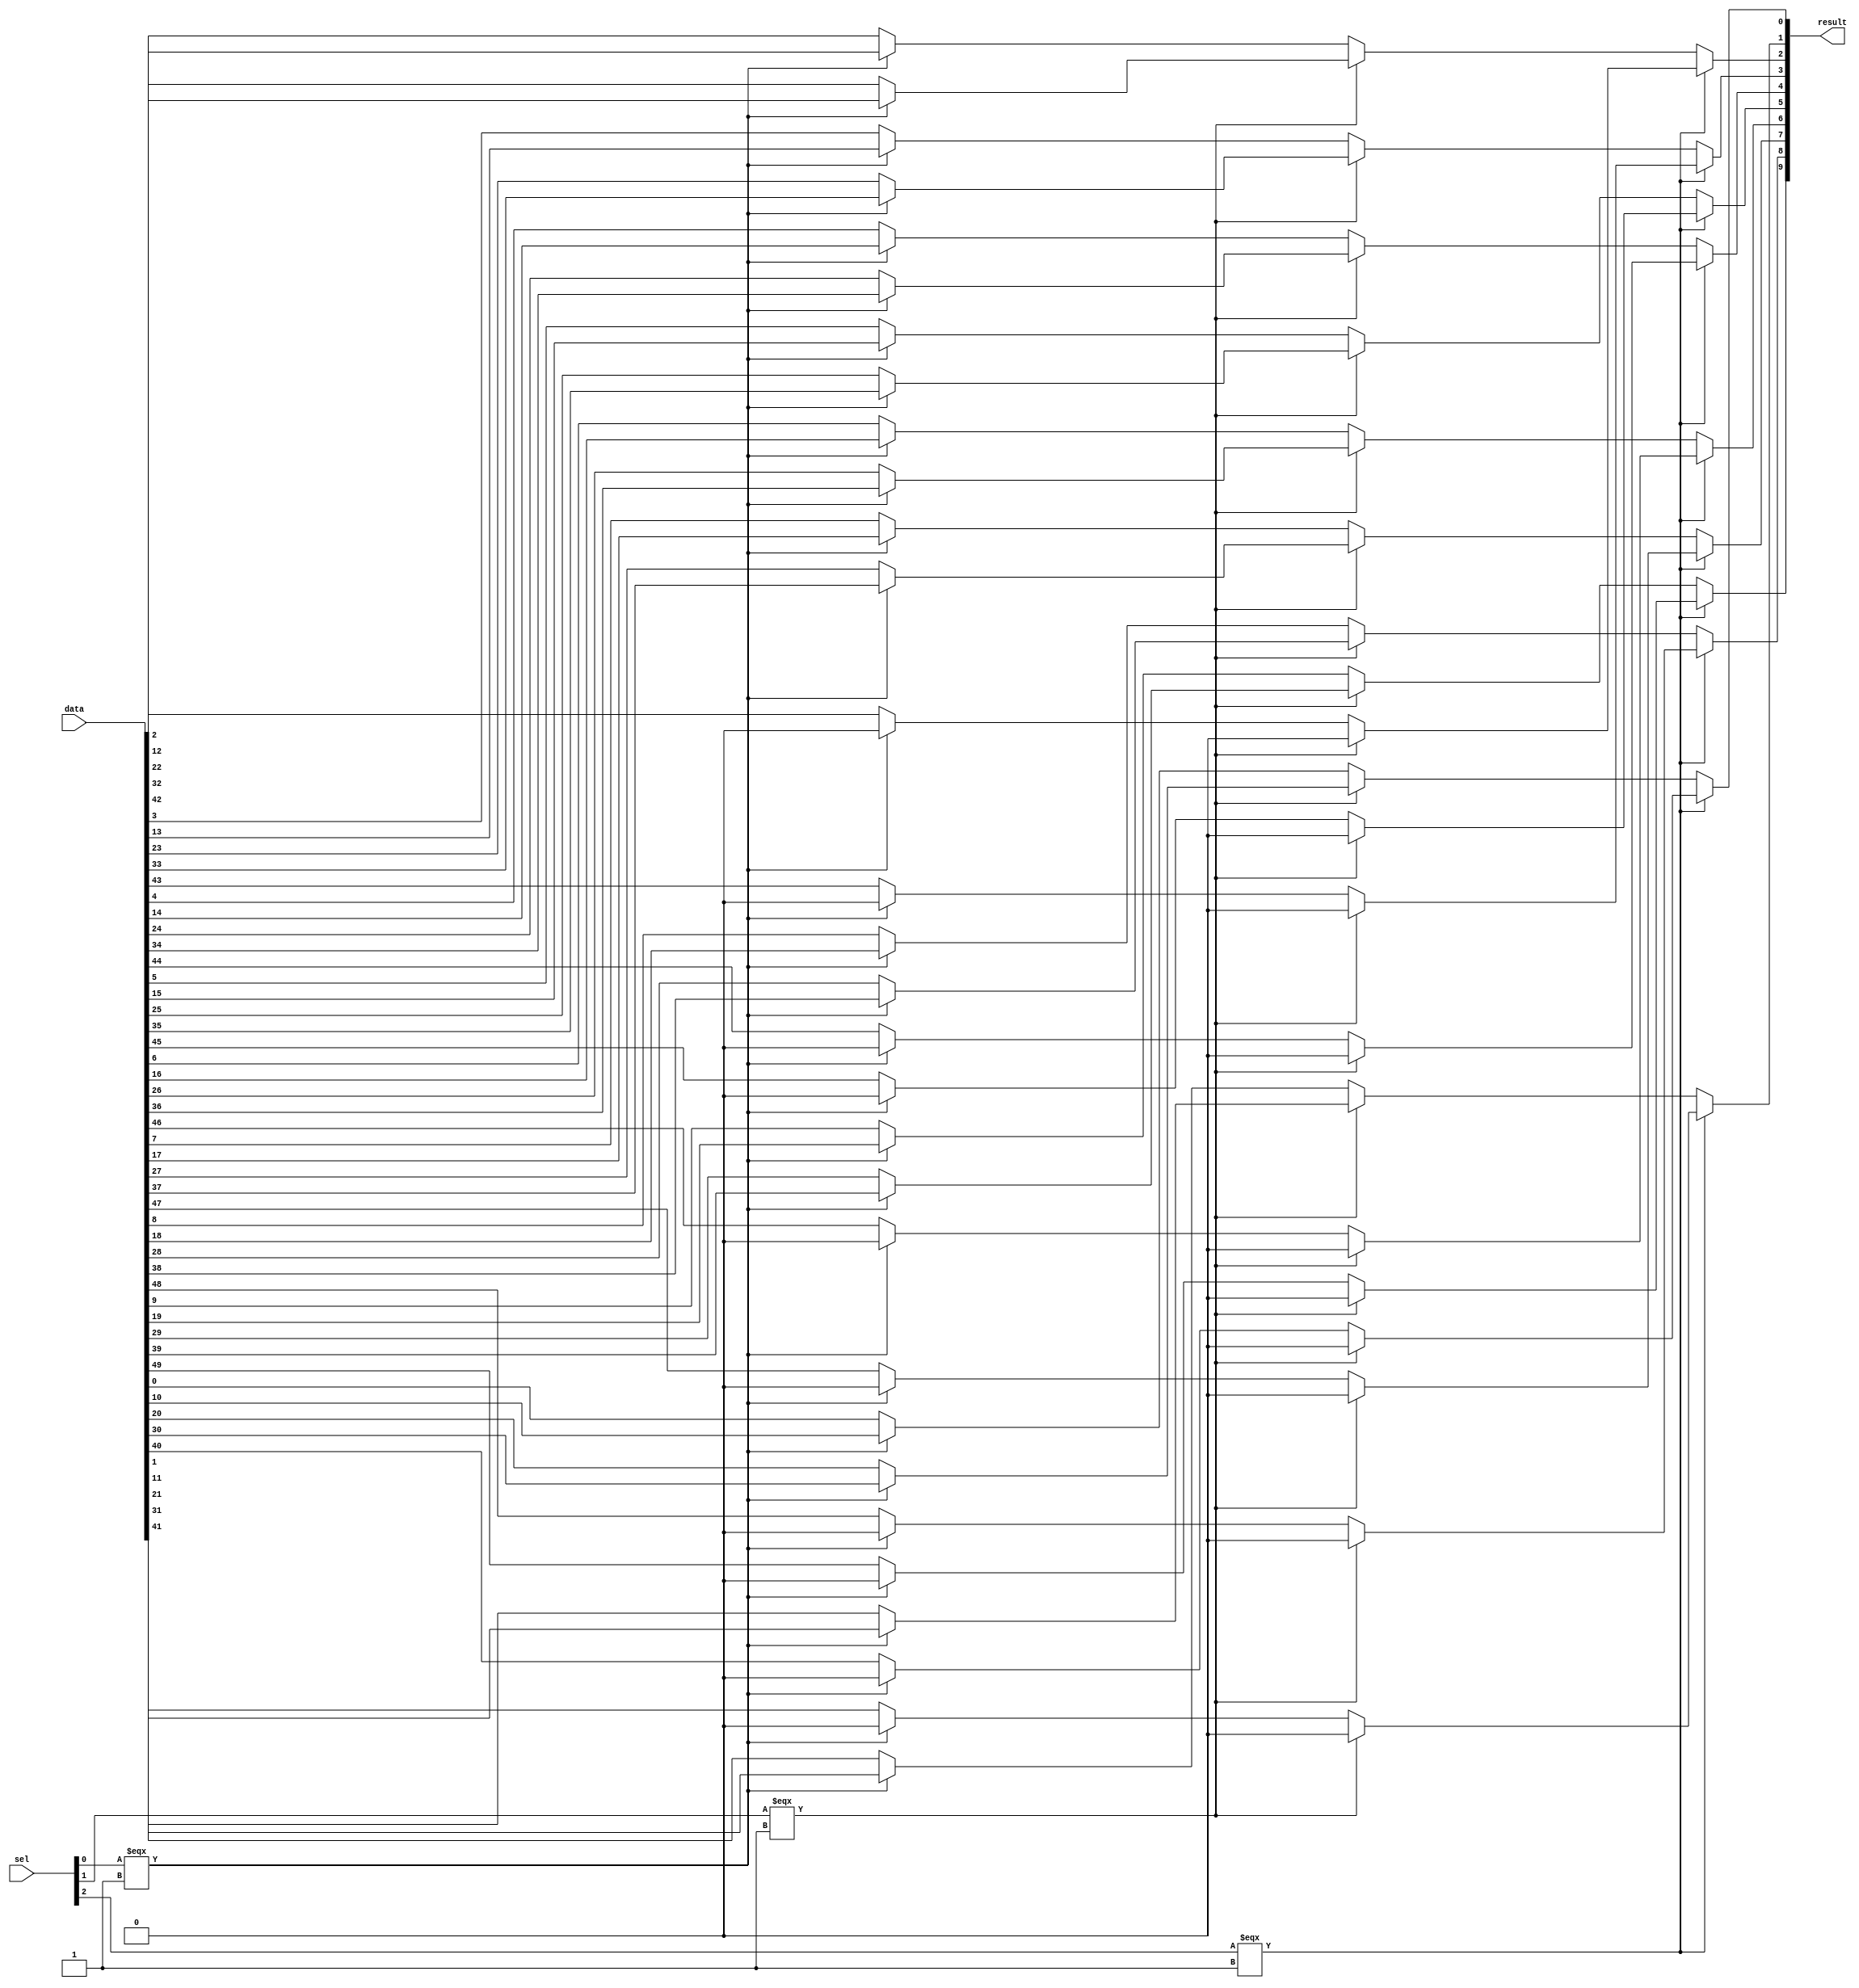
module  lpm_mux2_mux
	( 
	data,
	result,
	sel) /* synthesis synthesis_clearbox=1 */;
	input   [49:0]  data;
	output   [9:0]  result;
	input   [2:0]  sel;
`ifndef ALTERA_RESERVED_QIS
// synopsys translate_off
`endif
	tri0   [49:0]  data;
	tri0   [2:0]  sel;
`ifndef ALTERA_RESERVED_QIS
// synopsys translate_on
`endif

	wire	wire_l1_w0_n0_mux_dataout;
	wire	wire_l1_w0_n1_mux_dataout;
	wire	wire_l1_w0_n2_mux_dataout;
	wire	wire_l1_w0_n3_mux_dataout;
	wire	wire_l1_w1_n0_mux_dataout;
	wire	wire_l1_w1_n1_mux_dataout;
	wire	wire_l1_w1_n2_mux_dataout;
	wire	wire_l1_w1_n3_mux_dataout;
	wire	wire_l1_w2_n0_mux_dataout;
	wire	wire_l1_w2_n1_mux_dataout;
	wire	wire_l1_w2_n2_mux_dataout;
	wire	wire_l1_w2_n3_mux_dataout;
	wire	wire_l1_w3_n0_mux_dataout;
	wire	wire_l1_w3_n1_mux_dataout;
	wire	wire_l1_w3_n2_mux_dataout;
	wire	wire_l1_w3_n3_mux_dataout;
	wire	wire_l1_w4_n0_mux_dataout;
	wire	wire_l1_w4_n1_mux_dataout;
	wire	wire_l1_w4_n2_mux_dataout;
	wire	wire_l1_w4_n3_mux_dataout;
	wire	wire_l1_w5_n0_mux_dataout;
	wire	wire_l1_w5_n1_mux_dataout;
	wire	wire_l1_w5_n2_mux_dataout;
	wire	wire_l1_w5_n3_mux_dataout;
	wire	wire_l1_w6_n0_mux_dataout;
	wire	wire_l1_w6_n1_mux_dataout;
	wire	wire_l1_w6_n2_mux_dataout;
	wire	wire_l1_w6_n3_mux_dataout;
	wire	wire_l1_w7_n0_mux_dataout;
	wire	wire_l1_w7_n1_mux_dataout;
	wire	wire_l1_w7_n2_mux_dataout;
	wire	wire_l1_w7_n3_mux_dataout;
	wire	wire_l1_w8_n0_mux_dataout;
	wire	wire_l1_w8_n1_mux_dataout;
	wire	wire_l1_w8_n2_mux_dataout;
	wire	wire_l1_w8_n3_mux_dataout;
	wire	wire_l1_w9_n0_mux_dataout;
	wire	wire_l1_w9_n1_mux_dataout;
	wire	wire_l1_w9_n2_mux_dataout;
	wire	wire_l1_w9_n3_mux_dataout;
	wire	wire_l2_w0_n0_mux_dataout;
	wire	wire_l2_w0_n1_mux_dataout;
	wire	wire_l2_w1_n0_mux_dataout;
	wire	wire_l2_w1_n1_mux_dataout;
	wire	wire_l2_w2_n0_mux_dataout;
	wire	wire_l2_w2_n1_mux_dataout;
	wire	wire_l2_w3_n0_mux_dataout;
	wire	wire_l2_w3_n1_mux_dataout;
	wire	wire_l2_w4_n0_mux_dataout;
	wire	wire_l2_w4_n1_mux_dataout;
	wire	wire_l2_w5_n0_mux_dataout;
	wire	wire_l2_w5_n1_mux_dataout;
	wire	wire_l2_w6_n0_mux_dataout;
	wire	wire_l2_w6_n1_mux_dataout;
	wire	wire_l2_w7_n0_mux_dataout;
	wire	wire_l2_w7_n1_mux_dataout;
	wire	wire_l2_w8_n0_mux_dataout;
	wire	wire_l2_w8_n1_mux_dataout;
	wire	wire_l2_w9_n0_mux_dataout;
	wire	wire_l2_w9_n1_mux_dataout;
	wire	wire_l3_w0_n0_mux_dataout;
	wire	wire_l3_w1_n0_mux_dataout;
	wire	wire_l3_w2_n0_mux_dataout;
	wire	wire_l3_w3_n0_mux_dataout;
	wire	wire_l3_w4_n0_mux_dataout;
	wire	wire_l3_w5_n0_mux_dataout;
	wire	wire_l3_w6_n0_mux_dataout;
	wire	wire_l3_w7_n0_mux_dataout;
	wire	wire_l3_w8_n0_mux_dataout;
	wire	wire_l3_w9_n0_mux_dataout;
	wire  [139:0]  data_wire;
	wire  [9:0]  result_wire_ext;
	wire  [8:0]  sel_wire;

	assign		wire_l1_w0_n0_mux_dataout = (sel_wire[0] === 1'b1) ? data_wire[10] : data_wire[0];
	assign		wire_l1_w0_n1_mux_dataout = (sel_wire[0] === 1'b1) ? data_wire[30] : data_wire[20];
	assign		wire_l1_w0_n2_mux_dataout = (sel_wire[0] === 1'b1) ? data_wire[50] : data_wire[40];
	assign		wire_l1_w0_n3_mux_dataout = (sel_wire[0] === 1'b1) ? data_wire[70] : data_wire[60];
	assign		wire_l1_w1_n0_mux_dataout = (sel_wire[0] === 1'b1) ? data_wire[11] : data_wire[1];
	assign		wire_l1_w1_n1_mux_dataout = (sel_wire[0] === 1'b1) ? data_wire[31] : data_wire[21];
	assign		wire_l1_w1_n2_mux_dataout = (sel_wire[0] === 1'b1) ? data_wire[51] : data_wire[41];
	assign		wire_l1_w1_n3_mux_dataout = (sel_wire[0] === 1'b1) ? data_wire[71] : data_wire[61];
	assign		wire_l1_w2_n0_mux_dataout = (sel_wire[0] === 1'b1) ? data_wire[12] : data_wire[2];
	assign		wire_l1_w2_n1_mux_dataout = (sel_wire[0] === 1'b1) ? data_wire[32] : data_wire[22];
	assign		wire_l1_w2_n2_mux_dataout = (sel_wire[0] === 1'b1) ? data_wire[52] : data_wire[42];
	assign		wire_l1_w2_n3_mux_dataout = (sel_wire[0] === 1'b1) ? data_wire[72] : data_wire[62];
	assign		wire_l1_w3_n0_mux_dataout = (sel_wire[0] === 1'b1) ? data_wire[13] : data_wire[3];
	assign		wire_l1_w3_n1_mux_dataout = (sel_wire[0] === 1'b1) ? data_wire[33] : data_wire[23];
	assign		wire_l1_w3_n2_mux_dataout = (sel_wire[0] === 1'b1) ? data_wire[53] : data_wire[43];
	assign		wire_l1_w3_n3_mux_dataout = (sel_wire[0] === 1'b1) ? data_wire[73] : data_wire[63];
	assign		wire_l1_w4_n0_mux_dataout = (sel_wire[0] === 1'b1) ? data_wire[14] : data_wire[4];
	assign		wire_l1_w4_n1_mux_dataout = (sel_wire[0] === 1'b1) ? data_wire[34] : data_wire[24];
	assign		wire_l1_w4_n2_mux_dataout = (sel_wire[0] === 1'b1) ? data_wire[54] : data_wire[44];
	assign		wire_l1_w4_n3_mux_dataout = (sel_wire[0] === 1'b1) ? data_wire[74] : data_wire[64];
	assign		wire_l1_w5_n0_mux_dataout = (sel_wire[0] === 1'b1) ? data_wire[15] : data_wire[5];
	assign		wire_l1_w5_n1_mux_dataout = (sel_wire[0] === 1'b1) ? data_wire[35] : data_wire[25];
	assign		wire_l1_w5_n2_mux_dataout = (sel_wire[0] === 1'b1) ? data_wire[55] : data_wire[45];
	assign		wire_l1_w5_n3_mux_dataout = (sel_wire[0] === 1'b1) ? data_wire[75] : data_wire[65];
	assign		wire_l1_w6_n0_mux_dataout = (sel_wire[0] === 1'b1) ? data_wire[16] : data_wire[6];
	assign		wire_l1_w6_n1_mux_dataout = (sel_wire[0] === 1'b1) ? data_wire[36] : data_wire[26];
	assign		wire_l1_w6_n2_mux_dataout = (sel_wire[0] === 1'b1) ? data_wire[56] : data_wire[46];
	assign		wire_l1_w6_n3_mux_dataout = (sel_wire[0] === 1'b1) ? data_wire[76] : data_wire[66];
	assign		wire_l1_w7_n0_mux_dataout = (sel_wire[0] === 1'b1) ? data_wire[17] : data_wire[7];
	assign		wire_l1_w7_n1_mux_dataout = (sel_wire[0] === 1'b1) ? data_wire[37] : data_wire[27];
	assign		wire_l1_w7_n2_mux_dataout = (sel_wire[0] === 1'b1) ? data_wire[57] : data_wire[47];
	assign		wire_l1_w7_n3_mux_dataout = (sel_wire[0] === 1'b1) ? data_wire[77] : data_wire[67];
	assign		wire_l1_w8_n0_mux_dataout = (sel_wire[0] === 1'b1) ? data_wire[18] : data_wire[8];
	assign		wire_l1_w8_n1_mux_dataout = (sel_wire[0] === 1'b1) ? data_wire[38] : data_wire[28];
	assign		wire_l1_w8_n2_mux_dataout = (sel_wire[0] === 1'b1) ? data_wire[58] : data_wire[48];
	assign		wire_l1_w8_n3_mux_dataout = (sel_wire[0] === 1'b1) ? data_wire[78] : data_wire[68];
	assign		wire_l1_w9_n0_mux_dataout = (sel_wire[0] === 1'b1) ? data_wire[19] : data_wire[9];
	assign		wire_l1_w9_n1_mux_dataout = (sel_wire[0] === 1'b1) ? data_wire[39] : data_wire[29];
	assign		wire_l1_w9_n2_mux_dataout = (sel_wire[0] === 1'b1) ? data_wire[59] : data_wire[49];
	assign		wire_l1_w9_n3_mux_dataout = (sel_wire[0] === 1'b1) ? data_wire[79] : data_wire[69];
	assign		wire_l2_w0_n0_mux_dataout = (sel_wire[4] === 1'b1) ? data_wire[81] : data_wire[80];
	assign		wire_l2_w0_n1_mux_dataout = (sel_wire[4] === 1'b1) ? data_wire[83] : data_wire[82];
	assign		wire_l2_w1_n0_mux_dataout = (sel_wire[4] === 1'b1) ? data_wire[85] : data_wire[84];
	assign		wire_l2_w1_n1_mux_dataout = (sel_wire[4] === 1'b1) ? data_wire[87] : data_wire[86];
	assign		wire_l2_w2_n0_mux_dataout = (sel_wire[4] === 1'b1) ? data_wire[89] : data_wire[88];
	assign		wire_l2_w2_n1_mux_dataout = (sel_wire[4] === 1'b1) ? data_wire[91] : data_wire[90];
	assign		wire_l2_w3_n0_mux_dataout = (sel_wire[4] === 1'b1) ? data_wire[93] : data_wire[92];
	assign		wire_l2_w3_n1_mux_dataout = (sel_wire[4] === 1'b1) ? data_wire[95] : data_wire[94];
	assign		wire_l2_w4_n0_mux_dataout = (sel_wire[4] === 1'b1) ? data_wire[97] : data_wire[96];
	assign		wire_l2_w4_n1_mux_dataout = (sel_wire[4] === 1'b1) ? data_wire[99] : data_wire[98];
	assign		wire_l2_w5_n0_mux_dataout = (sel_wire[4] === 1'b1) ? data_wire[101] : data_wire[100];
	assign		wire_l2_w5_n1_mux_dataout = (sel_wire[4] === 1'b1) ? data_wire[103] : data_wire[102];
	assign		wire_l2_w6_n0_mux_dataout = (sel_wire[4] === 1'b1) ? data_wire[105] : data_wire[104];
	assign		wire_l2_w6_n1_mux_dataout = (sel_wire[4] === 1'b1) ? data_wire[107] : data_wire[106];
	assign		wire_l2_w7_n0_mux_dataout = (sel_wire[4] === 1'b1) ? data_wire[109] : data_wire[108];
	assign		wire_l2_w7_n1_mux_dataout = (sel_wire[4] === 1'b1) ? data_wire[111] : data_wire[110];
	assign		wire_l2_w8_n0_mux_dataout = (sel_wire[4] === 1'b1) ? data_wire[113] : data_wire[112];
	assign		wire_l2_w8_n1_mux_dataout = (sel_wire[4] === 1'b1) ? data_wire[115] : data_wire[114];
	assign		wire_l2_w9_n0_mux_dataout = (sel_wire[4] === 1'b1) ? data_wire[117] : data_wire[116];
	assign		wire_l2_w9_n1_mux_dataout = (sel_wire[4] === 1'b1) ? data_wire[119] : data_wire[118];
	assign		wire_l3_w0_n0_mux_dataout = (sel_wire[8] === 1'b1) ? data_wire[121] : data_wire[120];
	assign		wire_l3_w1_n0_mux_dataout = (sel_wire[8] === 1'b1) ? data_wire[123] : data_wire[122];
	assign		wire_l3_w2_n0_mux_dataout = (sel_wire[8] === 1'b1) ? data_wire[125] : data_wire[124];
	assign		wire_l3_w3_n0_mux_dataout = (sel_wire[8] === 1'b1) ? data_wire[127] : data_wire[126];
	assign		wire_l3_w4_n0_mux_dataout = (sel_wire[8] === 1'b1) ? data_wire[129] : data_wire[128];
	assign		wire_l3_w5_n0_mux_dataout = (sel_wire[8] === 1'b1) ? data_wire[131] : data_wire[130];
	assign		wire_l3_w6_n0_mux_dataout = (sel_wire[8] === 1'b1) ? data_wire[133] : data_wire[132];
	assign		wire_l3_w7_n0_mux_dataout = (sel_wire[8] === 1'b1) ? data_wire[135] : data_wire[134];
	assign		wire_l3_w8_n0_mux_dataout = (sel_wire[8] === 1'b1) ? data_wire[137] : data_wire[136];
	assign		wire_l3_w9_n0_mux_dataout = (sel_wire[8] === 1'b1) ? data_wire[139] : data_wire[138];
	assign
		data_wire = {wire_l2_w9_n1_mux_dataout, wire_l2_w9_n0_mux_dataout, wire_l2_w8_n1_mux_dataout, wire_l2_w8_n0_mux_dataout, wire_l2_w7_n1_mux_dataout, wire_l2_w7_n0_mux_dataout, wire_l2_w6_n1_mux_dataout, wire_l2_w6_n0_mux_dataout, wire_l2_w5_n1_mux_dataout, wire_l2_w5_n0_mux_dataout, wire_l2_w4_n1_mux_dataout, wire_l2_w4_n0_mux_dataout, wire_l2_w3_n1_mux_dataout, wire_l2_w3_n0_mux_dataout, wire_l2_w2_n1_mux_dataout, wire_l2_w2_n0_mux_dataout, wire_l2_w1_n1_mux_dataout, wire_l2_w1_n0_mux_dataout, wire_l2_w0_n1_mux_dataout, wire_l2_w0_n0_mux_dataout, wire_l1_w9_n3_mux_dataout, wire_l1_w9_n2_mux_dataout, wire_l1_w9_n1_mux_dataout, wire_l1_w9_n0_mux_dataout, wire_l1_w8_n3_mux_dataout, wire_l1_w8_n2_mux_dataout, wire_l1_w8_n1_mux_dataout, wire_l1_w8_n0_mux_dataout, wire_l1_w7_n3_mux_dataout, wire_l1_w7_n2_mux_dataout, wire_l1_w7_n1_mux_dataout, wire_l1_w7_n0_mux_dataout, wire_l1_w6_n3_mux_dataout, wire_l1_w6_n2_mux_dataout, wire_l1_w6_n1_mux_dataout, wire_l1_w6_n0_mux_dataout, wire_l1_w5_n3_mux_dataout, wire_l1_w5_n2_mux_dataout, wire_l1_w5_n1_mux_dataout, wire_l1_w5_n0_mux_dataout, wire_l1_w4_n3_mux_dataout, wire_l1_w4_n2_mux_dataout, wire_l1_w4_n1_mux_dataout, wire_l1_w4_n0_mux_dataout, wire_l1_w3_n3_mux_dataout, wire_l1_w3_n2_mux_dataout, wire_l1_w3_n1_mux_dataout, wire_l1_w3_n0_mux_dataout, wire_l1_w2_n3_mux_dataout, wire_l1_w2_n2_mux_dataout, wire_l1_w2_n1_mux_dataout, wire_l1_w2_n0_mux_dataout, wire_l1_w1_n3_mux_dataout, wire_l1_w1_n2_mux_dataout, wire_l1_w1_n1_mux_dataout, wire_l1_w1_n0_mux_dataout, wire_l1_w0_n3_mux_dataout, wire_l1_w0_n2_mux_dataout, wire_l1_w0_n1_mux_dataout, wire_l1_w0_n0_mux_dataout, {30{1'b0}}, data},
		result = result_wire_ext,
		result_wire_ext = {wire_l3_w9_n0_mux_dataout, wire_l3_w8_n0_mux_dataout, wire_l3_w7_n0_mux_dataout, wire_l3_w6_n0_mux_dataout, wire_l3_w5_n0_mux_dataout, wire_l3_w4_n0_mux_dataout, wire_l3_w3_n0_mux_dataout, wire_l3_w2_n0_mux_dataout, wire_l3_w1_n0_mux_dataout, wire_l3_w0_n0_mux_dataout},
		sel_wire = {sel[2], {3{1'b0}}, sel[1], {3{1'b0}}, sel[0]};
endmodule
module lpm_mux2 (
	data0x,
	data1x,
	data2x,
	data3x,
	data4x,
	sel,
	result)/* synthesis synthesis_clearbox = 1 */;

	input	[9:0]  data0x;
	input	[9:0]  data1x;
	input	[9:0]  data2x;
	input	[9:0]  data3x;
	input	[9:0]  data4x;
	input	[2:0]  sel;
	output	[9:0]  result;

	wire [9:0] sub_wire0;
	wire [9:0] sub_wire6 = data0x[9:0];
	wire [9:0] sub_wire5 = data1x[9:0];
	wire [9:0] sub_wire4 = data2x[9:0];
	wire [9:0] sub_wire3 = data3x[9:0];
	wire [9:0] result = sub_wire0[9:0];
	wire [9:0] sub_wire1 = data4x[9:0];
	wire [49:0] sub_wire2 = {sub_wire6, sub_wire5, sub_wire4, sub_wire3, sub_wire1};

	lpm_mux2_mux	lpm_mux2_mux_component (
				.sel (sel),
				.data (sub_wire2),
				.result (sub_wire0));

endmodule